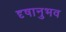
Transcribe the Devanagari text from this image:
दृषानुभव